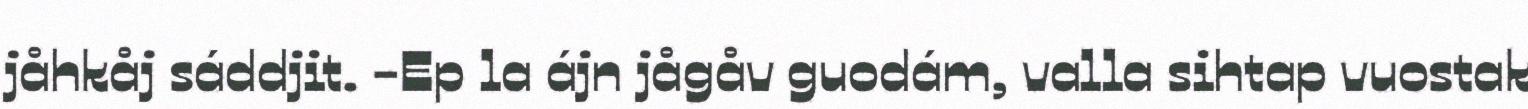
jåhkåj sáddjit. -Ep la ájn jågåv guodám, valla sihtap vuostak